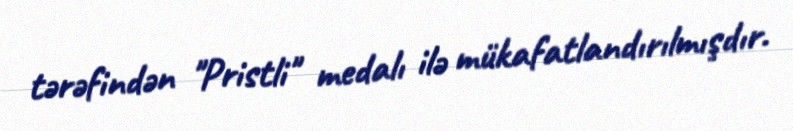
tərəfindən "Pristli" medalı ilə mükafatlandırılmışdır.